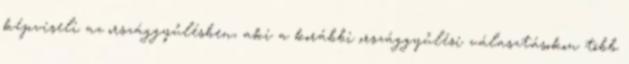
képviseli az országgyűlésben, aki a korábbi országgyűlési választásokon több